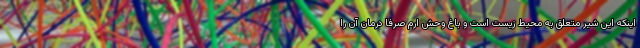
اینکه این شیر متعلق به محیط زیست است و باغ وحش ارم صرفا درمان آن را